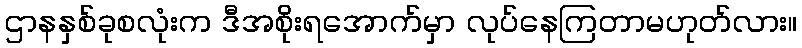
ဌာနနှစ်ခုစလုံးက ဒီအစိုးရအောက်မှာ လုပ်နေကြတာမဟုတ်လား။